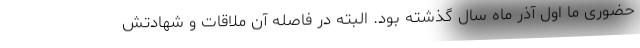
حضوری ما اول آذر ماه سال گذشته بود. البته در فاصله آن ملاقات و شهادتش